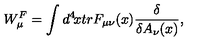
W _ { \mu } ^ { F } = \int d ^ { 4 } \! x t r F _ { \mu \nu } ( x ) { \frac { \delta } { \delta A _ { \nu } ( x ) } } ,